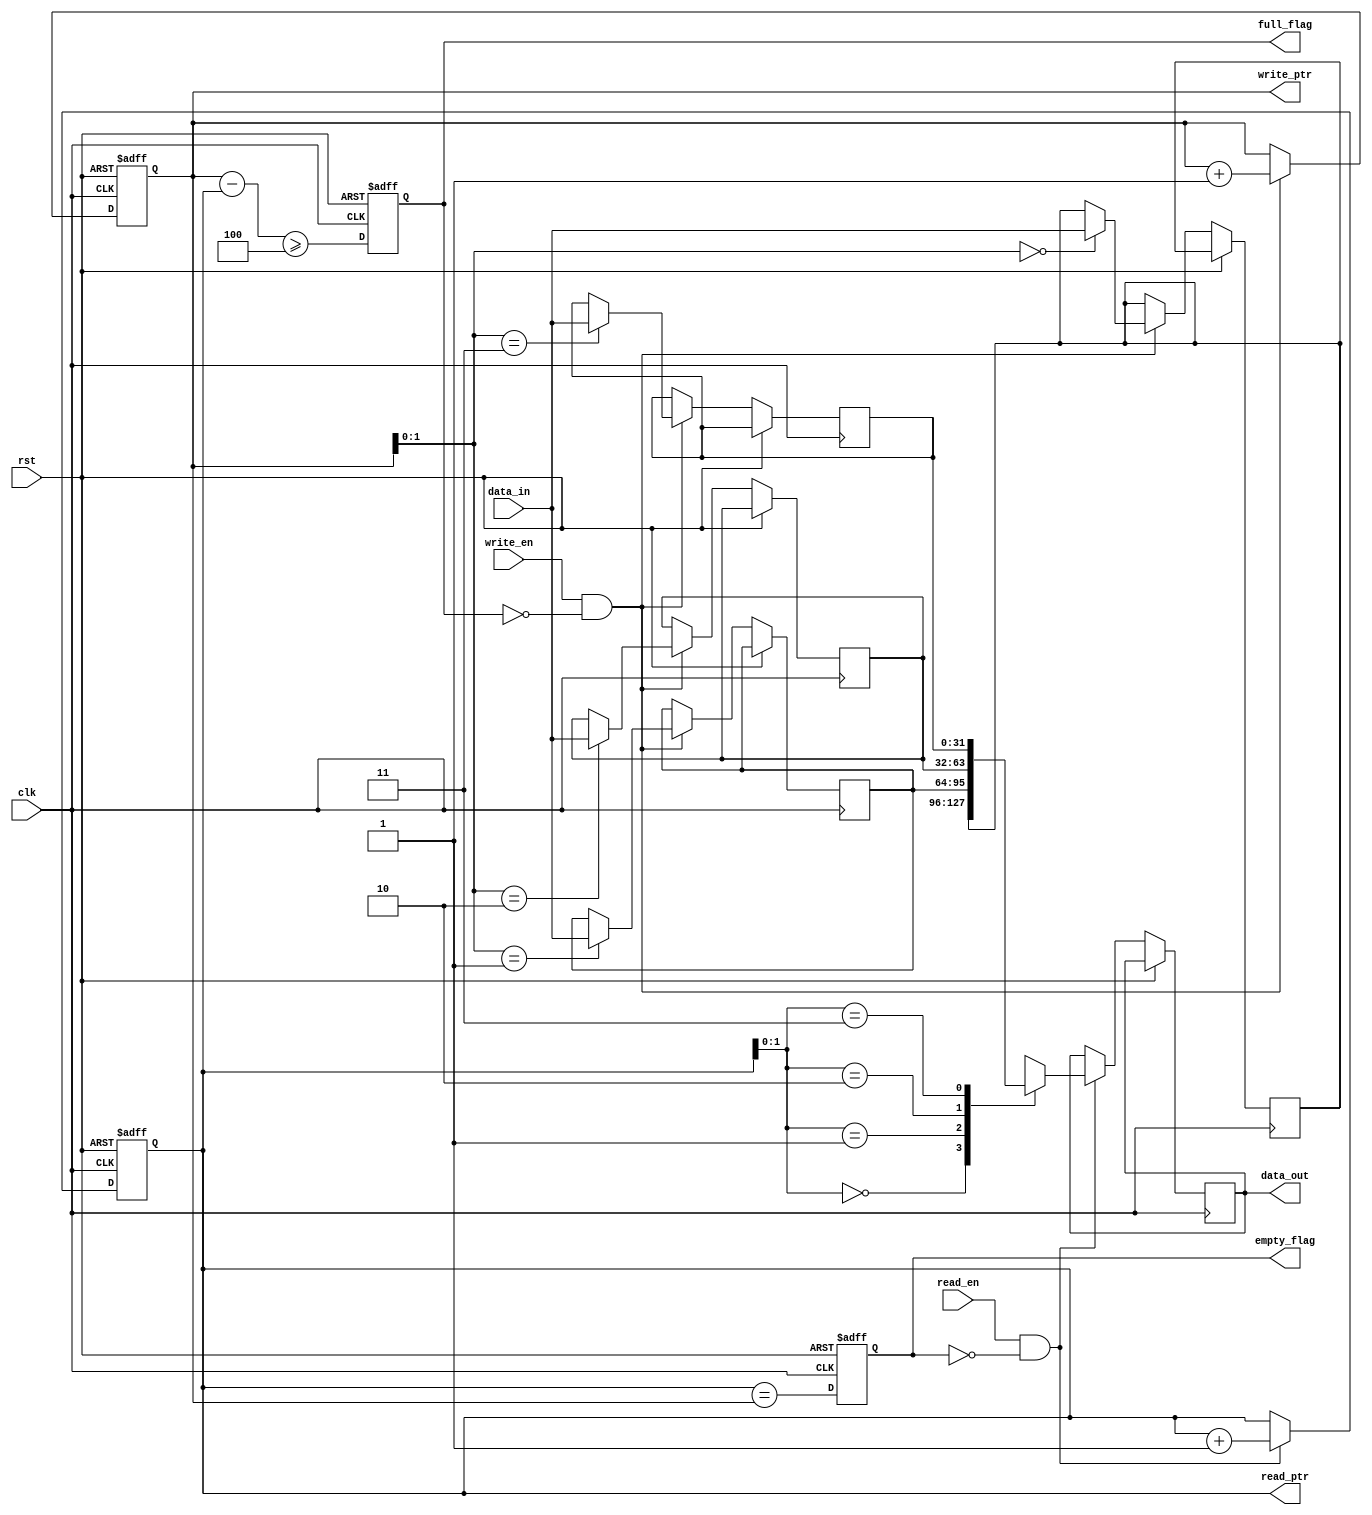
module async_fifo(
    input wire clk,
    input wire rst,
    input wire write_en,
    input wire read_en,
    input wire [31:0] data_in,
    output reg [31:0] data_out,
    output reg empty_flag,
    output reg full_flag,
    output wire [31:0] read_ptr,
    output wire [31:0] write_ptr
);

reg [31:0] buffer [0:3]; // Two 32-bit wide registers for storing data
reg [31:0] read_ptr_reg; // Pointer for read position
reg [31:0] write_ptr_reg; // Pointer for write position
reg empty_flag_reg; // Empty flag
reg full_flag_reg; // Full flag

always @ (posedge clk or posedge rst) begin
    if (rst) begin
        empty_flag_reg <= 1'b1;
        full_flag_reg <= 1'b0;
        read_ptr_reg <= 0;
        write_ptr_reg <= 0;
    end else begin
        // Synchronization logic
        if (write_en && ~full_flag_reg) begin
            buffer[write_ptr_reg] <= data_in;
            write_ptr_reg <= write_ptr_reg + 1;
        end
        
        if (read_en && ~empty_flag_reg) begin
            data_out <= buffer[read_ptr_reg];
            read_ptr_reg <= read_ptr_reg + 1;
        end
        
        // Buffering logic
        empty_flag_reg <= (read_ptr_reg == write_ptr_reg);
        full_flag_reg <= (write_ptr_reg - read_ptr_reg >= 4);
    end
end

assign read_ptr = read_ptr_reg;
assign write_ptr = write_ptr_reg;
assign empty_flag = empty_flag_reg;
assign full_flag = full_flag_reg;

endmodule